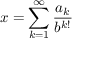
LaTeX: x = \sum _ { k = 1 } ^ { \infty } { \frac { a _ { k } } { b ^ { k ! } } }